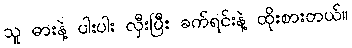
သူ ဓားနဲ့ ပါးပါး လှီးပြီး ခက်ရင်းနဲ့ ထိုးစားတယ်။